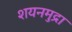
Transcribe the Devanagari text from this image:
शयनमुद्रा